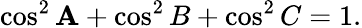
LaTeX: \displaystyle\cos^{2}{\mathbf{A}}+\cos^{2}{B}+\cos^{2}{C}=1.